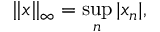
\| x \| _ { \infty } = \operatorname* { s u p } _ { n } | x _ { n } | ,